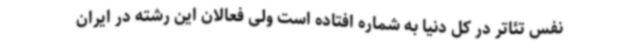
نفس تئاتر در کل دنیا به شماره افتاده است ولی فعالان این رشته در ایران